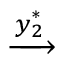
\xrightarrow { \boldsymbol { y } _ { 2 } ^ { * } }